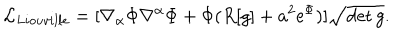
{ \cal L } _ { L i o u v i l l e } = [ \nabla _ { \alpha } \Phi \nabla ^ { \alpha } \Phi + \Phi ( R [ g ] + a ^ { 2 } \mathrm { e } ^ { \Phi } ) ] \sqrt { \det g } .